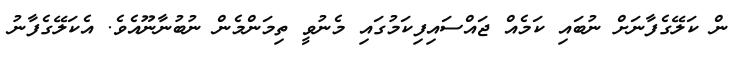
ން ކަލޭގެފާނަށް ނުބައި ކަމެއް ޖައްސައިފިކަމުގައި މެނުވީ ތިމަންމެން ނުބުނާނޫއެވެ. އެކަލޭގެފާނު